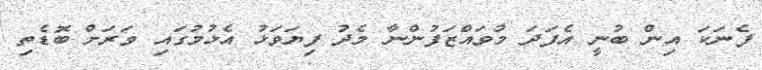
ފެނަކަ އިން ބުނީ އެފަދަ މުވައްޒަފުންނާ މެދު ފިޔަވަޅު އެޅުމުގައި ވަރަށް ބޮޑެތި